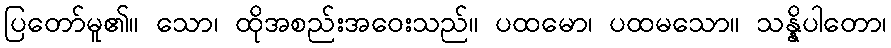
ပြတော်မူ၏။ သော၊ ထိုအစည်းအဝေးသည်။ ပထမော၊ ပထမသော။ သန္နိပါတော၊